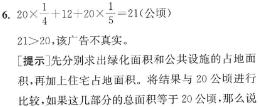
6. $20\times\frac{1}{4}+12 + 20\times\frac{1}{5}=21$（公顷）
$21>20$，该广告不真实。
[提示：先分别求出绿化面积和公共设施的占地面积，再加上住宅占地面积。将结果与 20 公顷进行]